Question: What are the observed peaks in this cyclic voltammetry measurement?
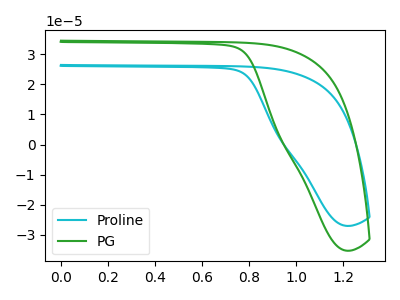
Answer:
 <answer>The cyan curve "Proline" has no peaks. The green curve "PG" has no peaks.</answer>
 <eval></eval>